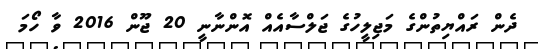
ދެން ރައްޔިތުންގެ މަޖިލީހުގެ ޖަލްސާއެއް އޮންނާނީ 20 ޖޫން 2016 ވާ ހޯމަ